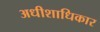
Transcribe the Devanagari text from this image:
अधीशाधिकार